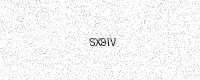
Text: SX9IV